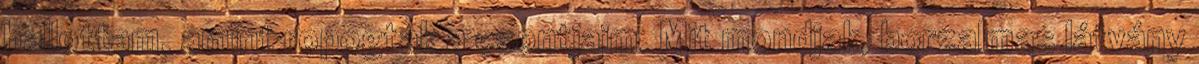
hallottam, amint ropogtak a csontjaim. Mit mondjak, borzalmas látvány